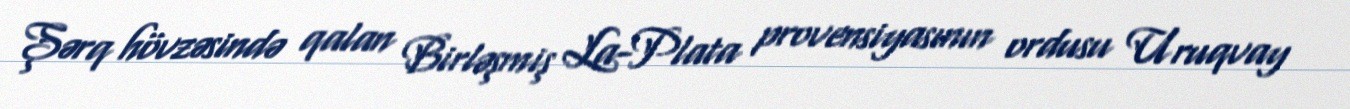
Şərq hövzəsində qalan Birləşmiş La-Plata provensiyasının ordusu Uruqvay